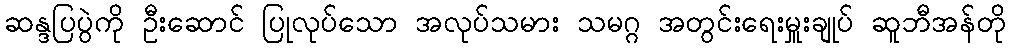
ဆန္ဒပြပွဲကို ဦးဆောင် ပြုလုပ်သော အလုပ်သမား သမဂ္ဂ အတွင်းရေးမှူးချုပ် ဆူဘီအန်တို